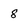
Character: 8